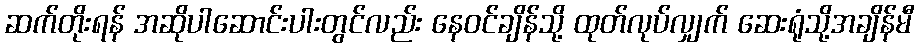
ဆက်တိုးရန် အဆိုပါဆောင်းပါးတွင်လည်း နေဝင်ချိန်သို့ ထုတ်လုပ်လျှက် ဆေးရုံသို့အချိန်မီ